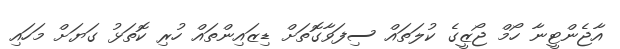
އާޖެންޓީނާ ހޯމް ޖޯޒީގެ ކުލަތައް ސިފަވާގޮތަށް ޑިޒައިންތައް ހުރި ކޮތަޅު ގަޔަށް މަހައި